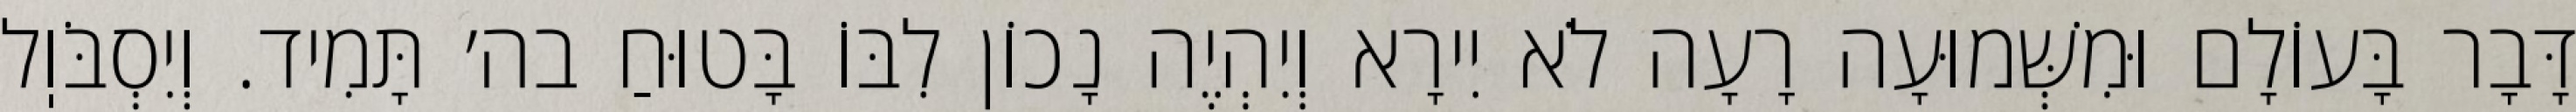
דָּבָר בָּעוֹלָם וּמִשְּׁמוּעָה רָעָה לֹא יִירָא וְיִהְיֶה נָכוֹן לִבּוֹ בָּטוּחַ בה׳ תָּמִיד. וְיִסְבֹּוֽל